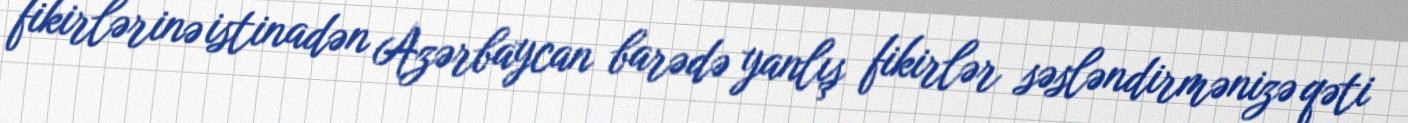
fikirlərinə istinadən Azərbaycan barədə yanlış fikirlər səsləndirmənizə qəti